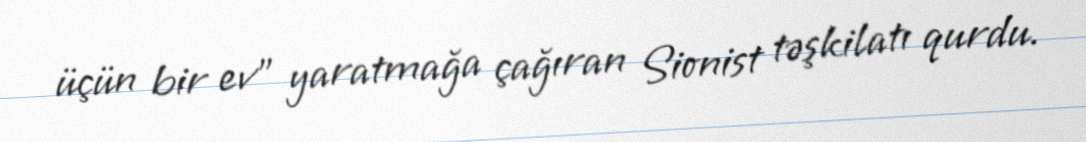
üçün bir ev" yaratmağa çağıran Sionist təşkilatı qurdu.